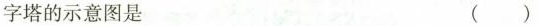
字塔的示意图是 ( )